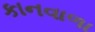
કાનવાળા